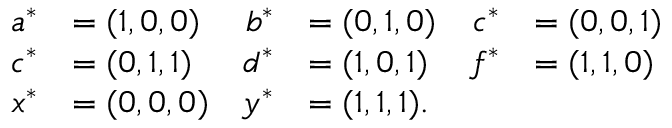
\begin{array} { r l r l r l } { a ^ { * } } & { = ( 1 , 0 , 0 ) } & { b ^ { * } } & { = ( 0 , 1 , 0 ) } & { c ^ { * } } & { = ( 0 , 0 , 1 ) } \\ { c ^ { * } } & { = ( 0 , 1 , 1 ) } & { d ^ { * } } & { = ( 1 , 0 , 1 ) } & { f ^ { * } } & { = ( 1 , 1 , 0 ) } \\ { x ^ { * } } & { = ( 0 , 0 , 0 ) } & { y ^ { * } } & { = ( 1 , 1 , 1 ) . } \end{array}